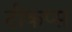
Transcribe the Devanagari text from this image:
टीकप्स